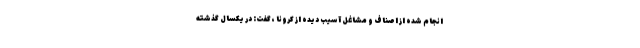
انجام شده از اصناف و مشاغل آسیب دیده از کرونا ، گفت: در یکسال گذشته